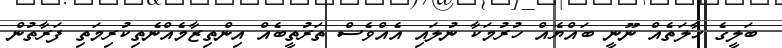
ބަލީގެ ޙާލަތެއް ނޫނީ ބައްޔެއް ހުރުމަކާ ނުލައި އެއްވެސް ތަރުތީބެއް އިންތިޒާމެއްނެތިކުރިމަތި ފަރާތުން